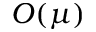
O ( \mu )